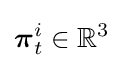
{\boldsymbol {\pi }}_{t}^{i}\in \mathbb {R} ^{3}